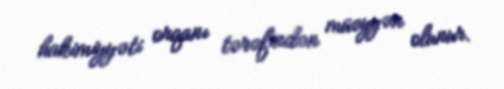
hakimiyyəti orqanı tərəfindən müəyyən olunur.